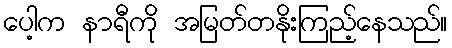
ပေါ့က နာရီကို အမြတ်တနိုးကြည့်နေသည်။